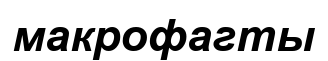
макрофагты